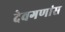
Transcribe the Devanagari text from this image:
देवगणांस